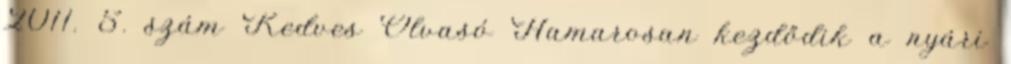
2011. 5. szám Kedves Olvasó Hamarosan kezdődik a nyári